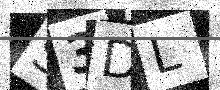
Text: S3DL